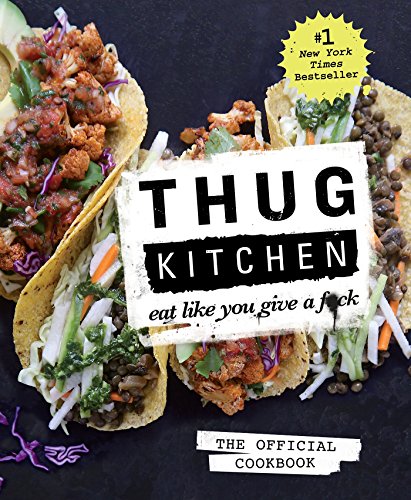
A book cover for Thug Kitchen: The Official Cookbook: Eat Like You Give a F*ck; Thug Kitchen; Cookbooks, Food & Wine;